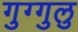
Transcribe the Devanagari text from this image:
गुग्गुलु